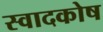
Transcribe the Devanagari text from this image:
स्वादकोष